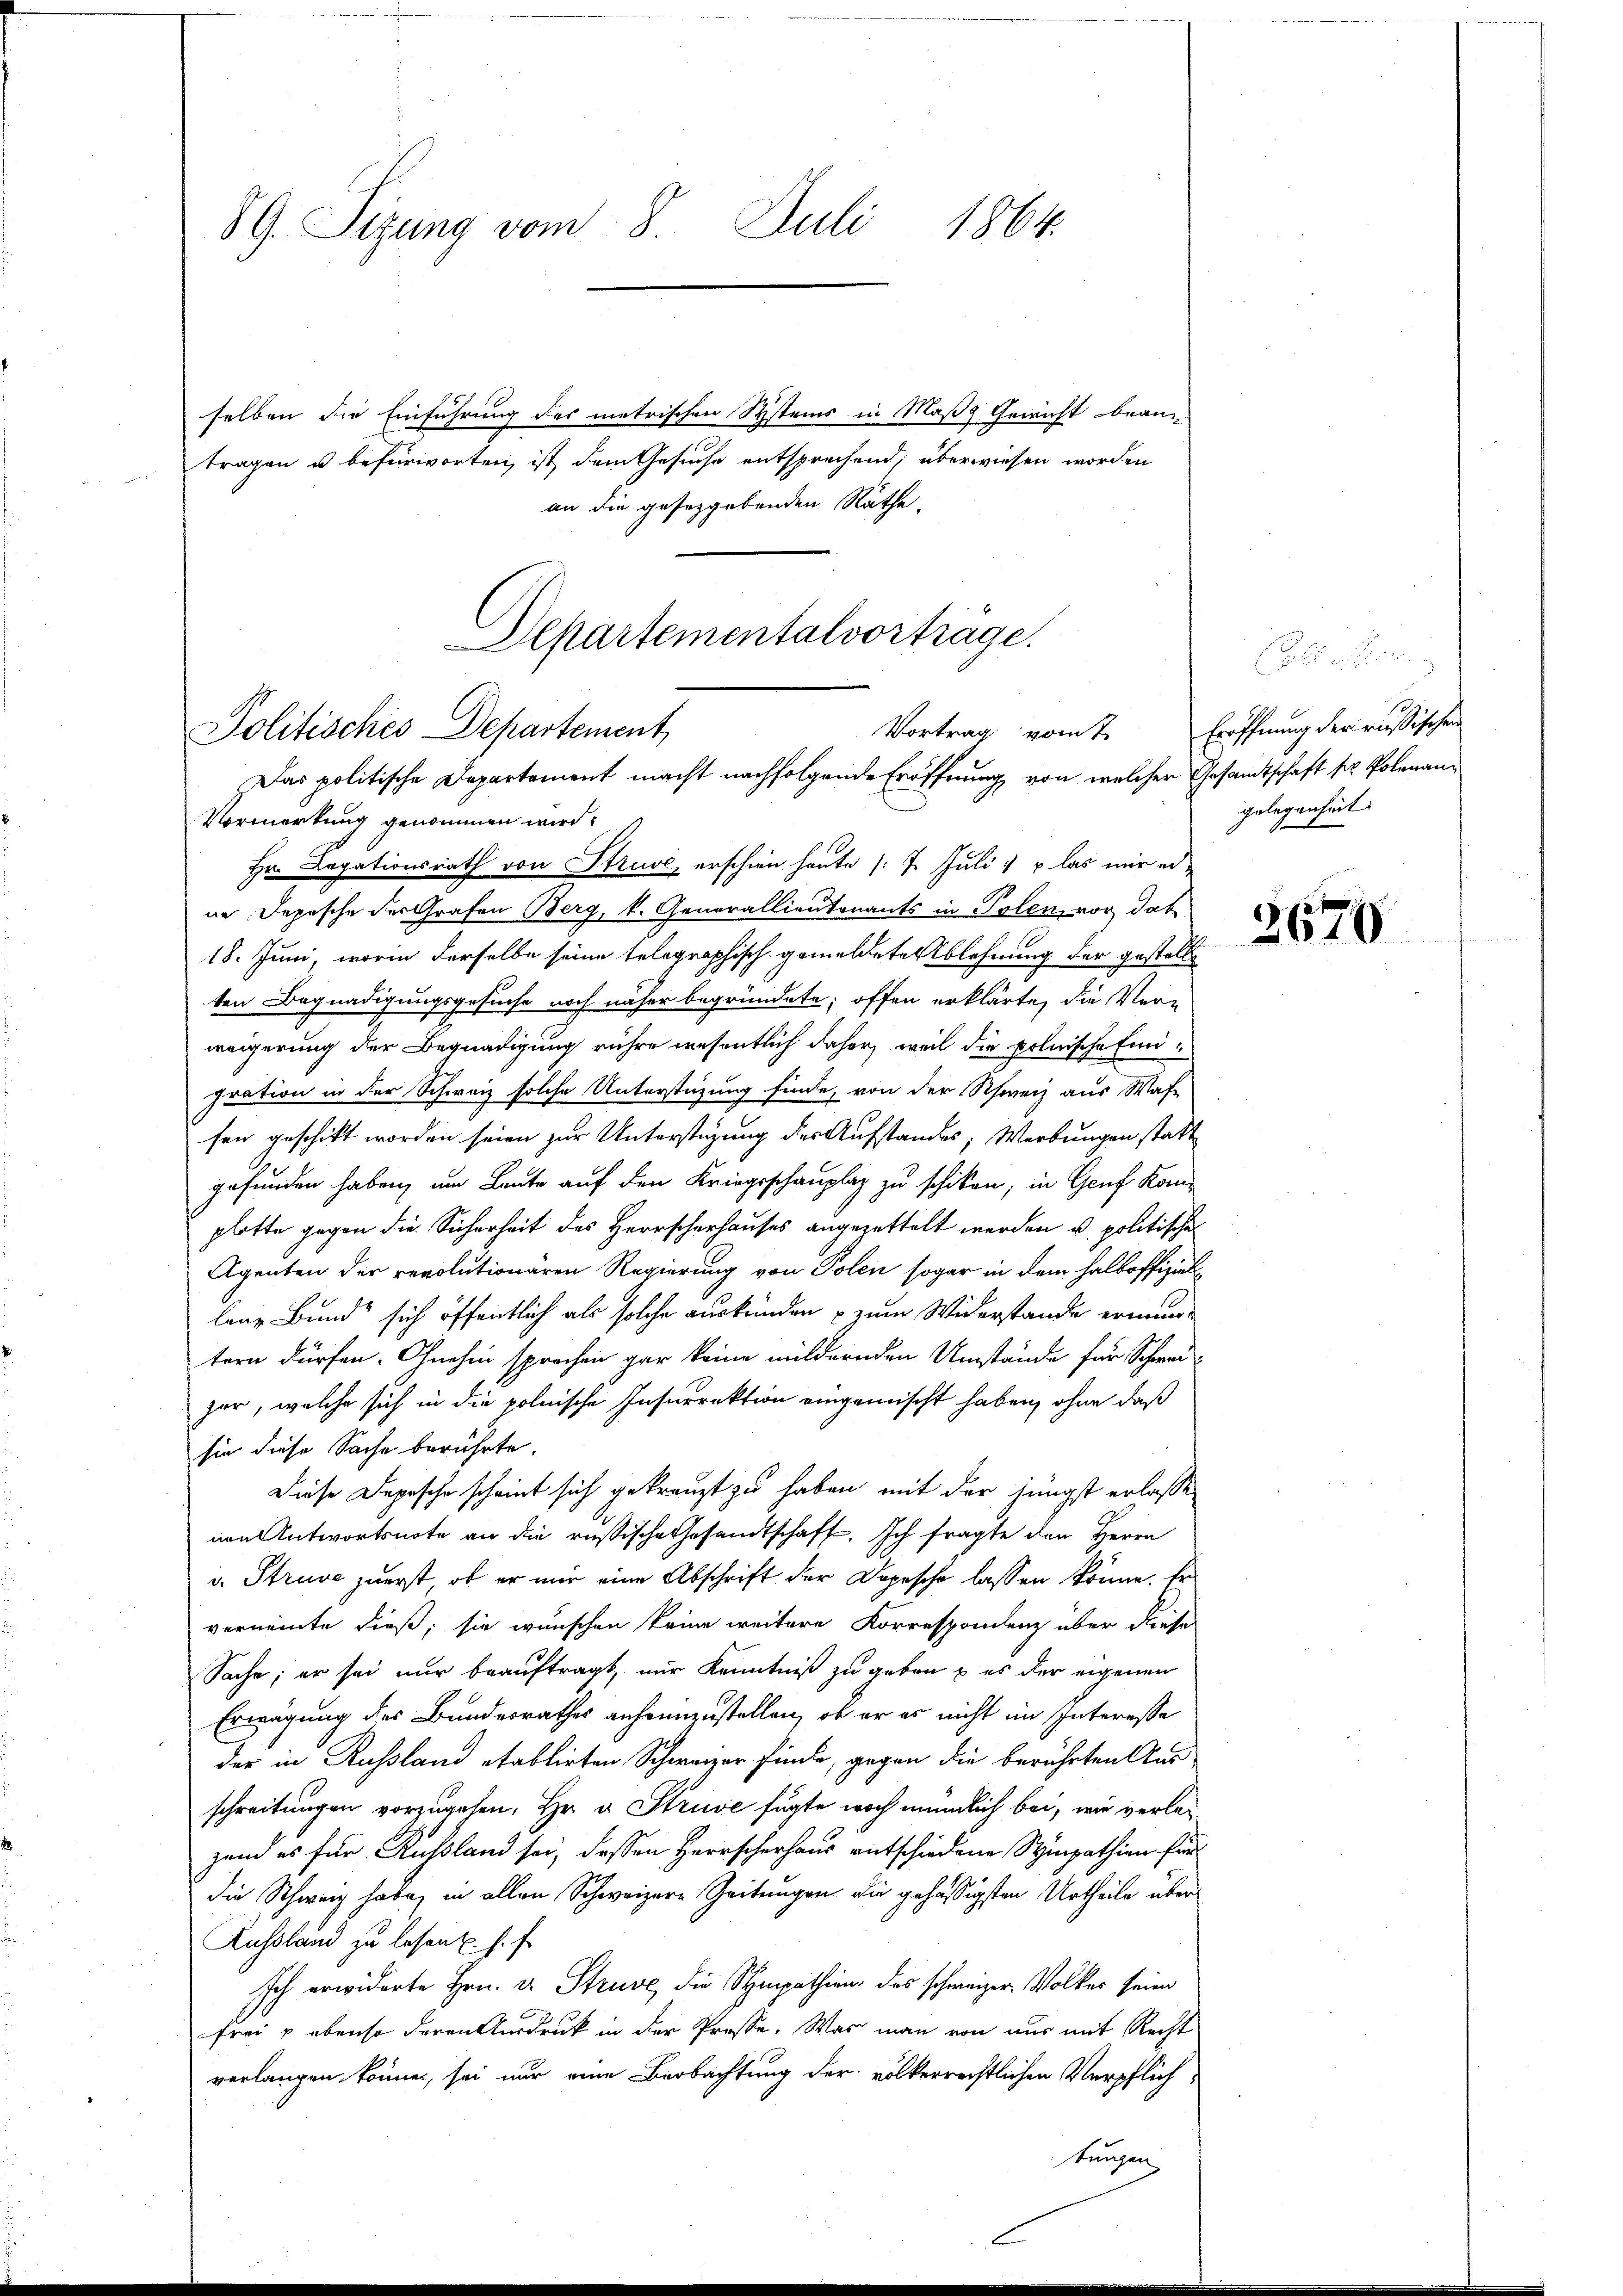
89. Sizung vom 8. Juli 1864.

selben die Einführung des metrischen Systems in Maße Gewicht bean
tragen u befürworten, ist dem Gesuche entsprechend, überwiesen worden
an die gesetzgebenden Räthe.

Departementalvorträge.
Vortrag vom 7. Eröffnung der riesischen
Politisches Departement
Das politische Departement macht nachfolgende Eröffnung von welcher Gesandtschaft ser Polenan¬
Vormerkung genommen wird.

Hr. Legationsrath von Struve, erschien heute (: 7. Juli & las mir er-
ne Depesche der Grafen Berg, k. Generallieutenants in Polen, vor dabe
18. Juni, worin derselbe seine telegraphisch gemeldete Ablehnung der gestellt
ten Begnadigungsgesuche noch näher begründete, offen erklärte, die Ver-
weigerung der Begnadigung rühre wesentlich daher, weil die polnische Eingration in der Schweiz solche Unterstüzung finde, von der Schweiz aus Was-
fen geschickt worden seien zur Unterstüzung der Aufstandes, Werbungen statt
gefunden haben, um Leute auf den Kriegsschauplaz zu schiken; in Genf Kanplatte gegen die Sicherheit des Herrscherhauses angezettelt werden u. politische
Agenten der revolutionären Regierung von Polen sogar in dem halboffiziellane Bund“ sich öffentlich als solche auskunden zum Widerstande ermuntern dürfen. Ohnehin sprechen gar keine mildernden Umstände für Schweizar, welche sich in die polnische Insurrektion eingemischt haben, ohne daß
sie diese Sache berührte.
Diese Depesche scheint sich gekreuzt zu haben mit der jüngst erlasse
von Antwortsnote an die russische Gesandtschaft. Ich fragte den Herrn
v. Struve zuerst, ob er mir eine Abschrift der Depesche lassen könne. Er
verneinte dieß, sie wünschen keine weitere Korrespondenz über diese
Sache; er sei nur beauftragt, nur Kenntniß zu geben & es der eigenen
Erwägung des Bundesrathes anheimzustellen, ob er es nicht im Interesse
der in Russland etablirten Schweizer finde, gegen die berührten Aus
schreitungen vorzugehen, Hr. v. Struve fügte woch mündlich bei, wie verleizend es für Russland sei, dessen Herrscherhaus entschiedene Sympathien für
die Schweiz habe, in allen Schweizere Zeitungen die gehässigsten Urtheile über
Aussland zu lesen u. s. f
Ich erwiderte Hrn. u. Struve, die Sympathieng des schweizer Volker seien
frei & ebenso deren Ausdruck in der Prose. Was man von aus mit Recht
verlangen können, sei nur eine Beobachtung der völkerrechtlichen Verpflich-
tungen

1
gelegenheit.

3670